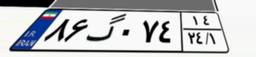
۸۶گ۰۷۴۱۴